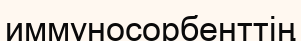
иммуносорбенттің